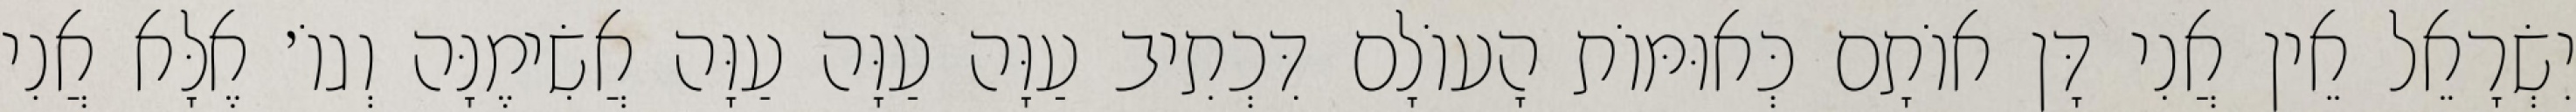
יִשְׂרָאֵל אֵין אֲנִי דָּן אוֹתָם כְּאוּמּוֹת הָעוֹלָם דִּכְתִיב עַוָּה עַוָּה עַוָּה אֲשִׂימֶנָּה וְגוֹ׳ אֶלָּא אֲנִי